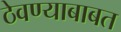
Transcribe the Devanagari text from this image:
ठेवण्याबाबत